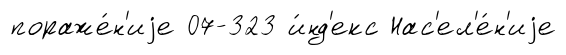
пораже́н'иjе 07-323 и́нд'екс Нас'ел'е́н'иjе